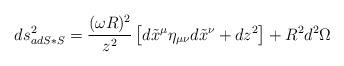
LaTeX: \begin{align*}ds^2_{adS*S} = {(\omega R)^2\over z^2} \left [d\tilde x^\mu \eta_{\mu\nu}d\tilde x^\nu + dz^2 \right ] + R^2 d^2 \Omega\end{align*}